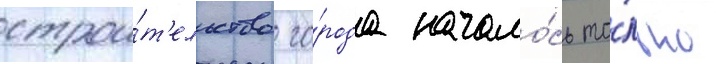
строи́т'ельство го́рода начало́сь то́лько